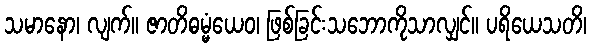
သမာနော၊ လျက်။ ဇာတိဓမ္မံယေဝ၊ ဖြစ်ခြင်းသဘောကိုသာလျှင်။ ပရိယေသတိ၊